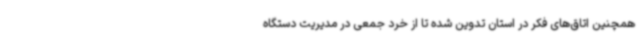
همچنین اتاق‌های فکر در استان تدوین شده تا از خرد جمعی در مدیریت دستگاه